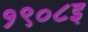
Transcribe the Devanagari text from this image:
१९०८इ